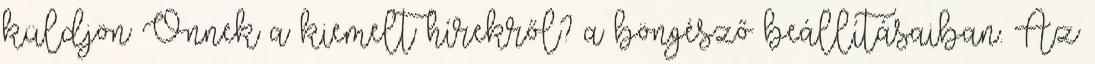
küldjön Önnek a kiemelt hírekről? a böngésző beállításaiban. Az